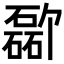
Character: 𪿸